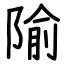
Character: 隃